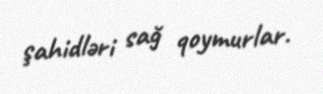
şahidləri sağ qoymurlar.